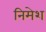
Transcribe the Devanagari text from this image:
निमेश